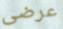
عرضى